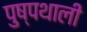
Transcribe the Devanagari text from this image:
पुष्पथाली